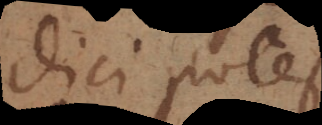
dici potest